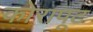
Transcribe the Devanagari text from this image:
कोरापूट